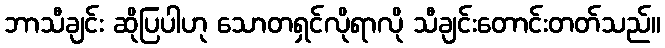
ဘာသီချင်း ဆိုပြပါဟု သောတရှင်လိုရာလို သီချင်းတောင်းတတ်သည်။